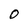
Character: O